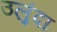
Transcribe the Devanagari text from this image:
उलुंदा